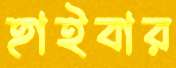
হাইবার